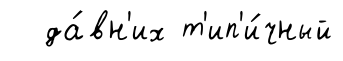
да́вн'их т'ип'и́чный